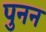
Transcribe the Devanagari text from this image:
पुनन